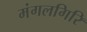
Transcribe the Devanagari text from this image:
मंगलगिरि